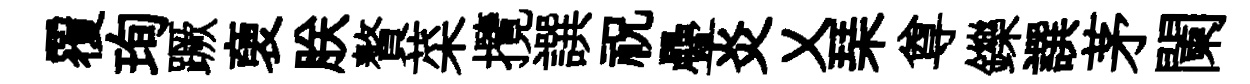
覆珣蹶褏朕贅菜攬譔祝疊炎乂琹尊鑠譔茅闌